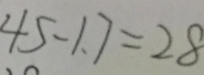
4 5 - 1 . 7 = 2 8